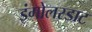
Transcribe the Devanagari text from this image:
इंगोलस्डाट